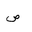
Letter: _sad